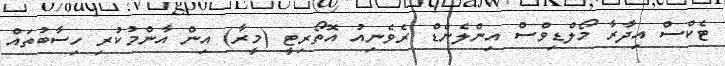
ޓެކްސް އިދާރާ މޯލްޑިވްސް އިންލެންޑް ރެވެނިއު އޮތޯރިޓީ (މީރާ) އިން އާންމުކުރި ހިސާބުތައް